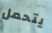
يتحمل